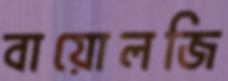
বায়োলজি